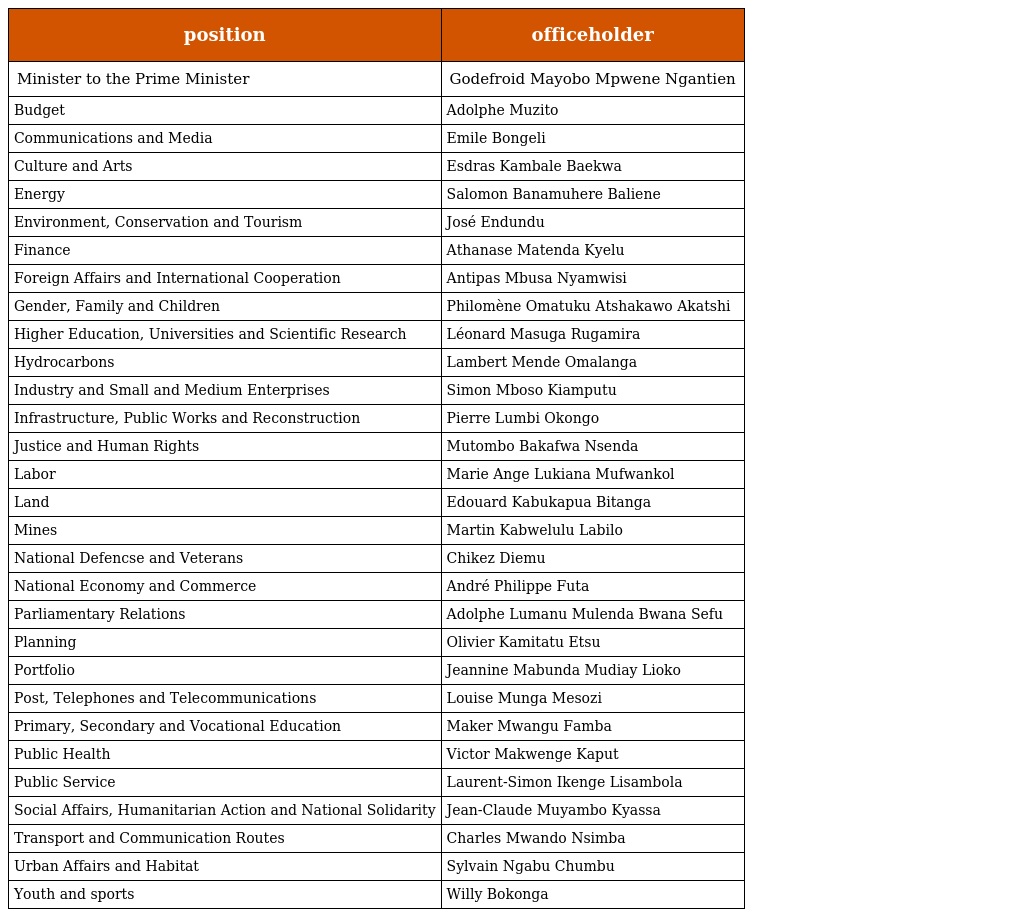
| position | officeholder |
 | --- | --- |
 | Minister to the Prime Minister | Godefroid Mayobo Mpwene Ngantien |
 | Budget | Adolphe Muzito |
 | Communications and Media | Emile Bongeli |
 | Culture and Arts | Esdras Kambale Baekwa |
 | Energy | Salomon Banamuhere Baliene |
 | Environment, Conservation and Tourism | José Endundu |
 | Finance | Athanase Matenda Kyelu |
 | Foreign Affairs and International Cooperation | Antipas Mbusa Nyamwisi |
 | Gender, Family and Children | Philomène Omatuku Atshakawo Akatshi |
 | Higher Education, Universities and Scientific Research | Léonard Masuga Rugamira |
 | Hydrocarbons | Lambert Mende Omalanga |
 | Industry and Small and Medium Enterprises | Simon Mboso Kiamputu |
 | Infrastructure, Public Works and Reconstruction | Pierre Lumbi Okongo |
 | Justice and Human Rights | Mutombo Bakafwa Nsenda |
 | Labor | Marie Ange Lukiana Mufwankol |
 | Land | Edouard Kabukapua Bitanga |
 | Mines | Martin Kabwelulu Labilo |
 | National Defencse and Veterans | Chikez Diemu |
 | National Economy and Commerce | André Philippe Futa |
 | Parliamentary Relations | Adolphe Lumanu Mulenda Bwana Sefu |
 | Planning | Olivier Kamitatu Etsu |
 | Portfolio | Jeannine Mabunda Mudiay Lioko |
 | Post, Telephones and Telecommunications | Louise Munga Mesozi |
 | Primary, Secondary and Vocational Education | Maker Mwangu Famba |
 | Public Health | Victor Makwenge Kaput |
 | Public Service | Laurent-Simon Ikenge Lisambola |
 | Social Affairs, Humanitarian Action and National Solidarity | Jean-Claude Muyambo Kyassa |
 | Transport and Communication Routes | Charles Mwando Nsimba |
 | Urban Affairs and Habitat | Sylvain Ngabu Chumbu |
 | Youth and sports | Willy Bokonga |